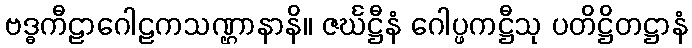
ဗဒ္ဓကီဠာဂေါဠကသဏ္ဌာနာနိ။ ဇင်္ဃဋ္ဌီနံ ဂေါပ္ဖကဋ္ဌီသု ပတိဋ္ဌိတဋ္ဌာနံ